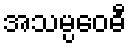
အသမ္ပဝေဓီ